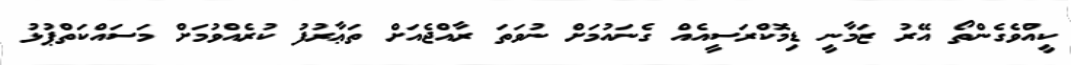
ކީއްވެގެންތޯ އޭރު ޒަމާނީ ޑިމޮކްރަސީއެއް ގެނައުމަށް ނުވަތަ ރާއްޖެއަށް ތަޢާރުފު ކުރެއްވުމަށް މަސައްކަތްޕުޅު